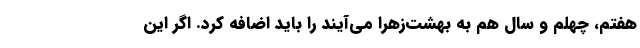
هفتم، چهلم و سال هم به بهشت‌زهرا می‌آیند را باید اضافه کرد. اگر این